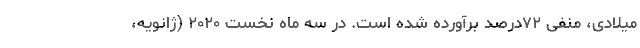
میلادی، منفی ۷۲درصد برآورده شده است. در سه ماه نخست ۲۰۲۰ (ژانویه،